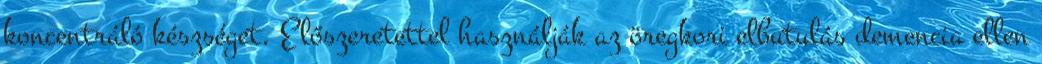
koncentráló készséget. Előszeretettel használják az öregkori elbutulás demencia ellen